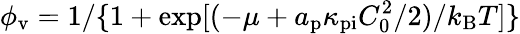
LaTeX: \phi_{\mathrm{v}}=1/\{ 1+\exp[(-\mu+a_{\mathrm{p}}\kappa_{\mathrm{pi}}C_{0}^{2}/2)/k_{\mathrm{B}}T]\}